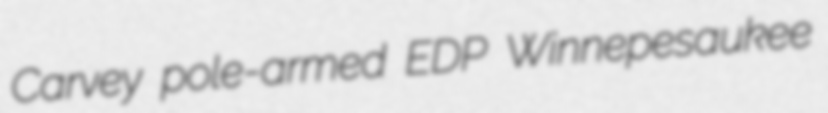
Carvey pole-armed EDP Winnepesaukee